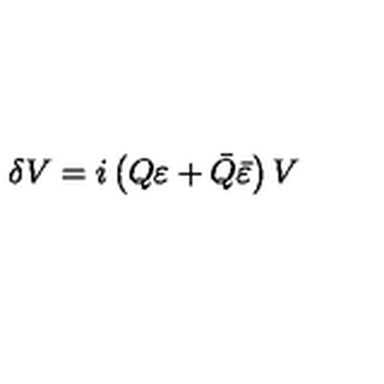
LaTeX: \delta V = i \left( Q \varepsilon + \bar { Q } \bar { \varepsilon } \right) V